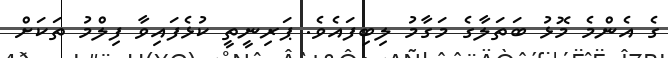
ގެ އެންމެ މޮޅު ބަތަލާގެ މަގާމު ލިބިފައެވެ. ޕަރިނީތީ ކުޅެފައިވާ ފިލްމު ތަކަށް